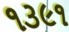
૧૩૯૧